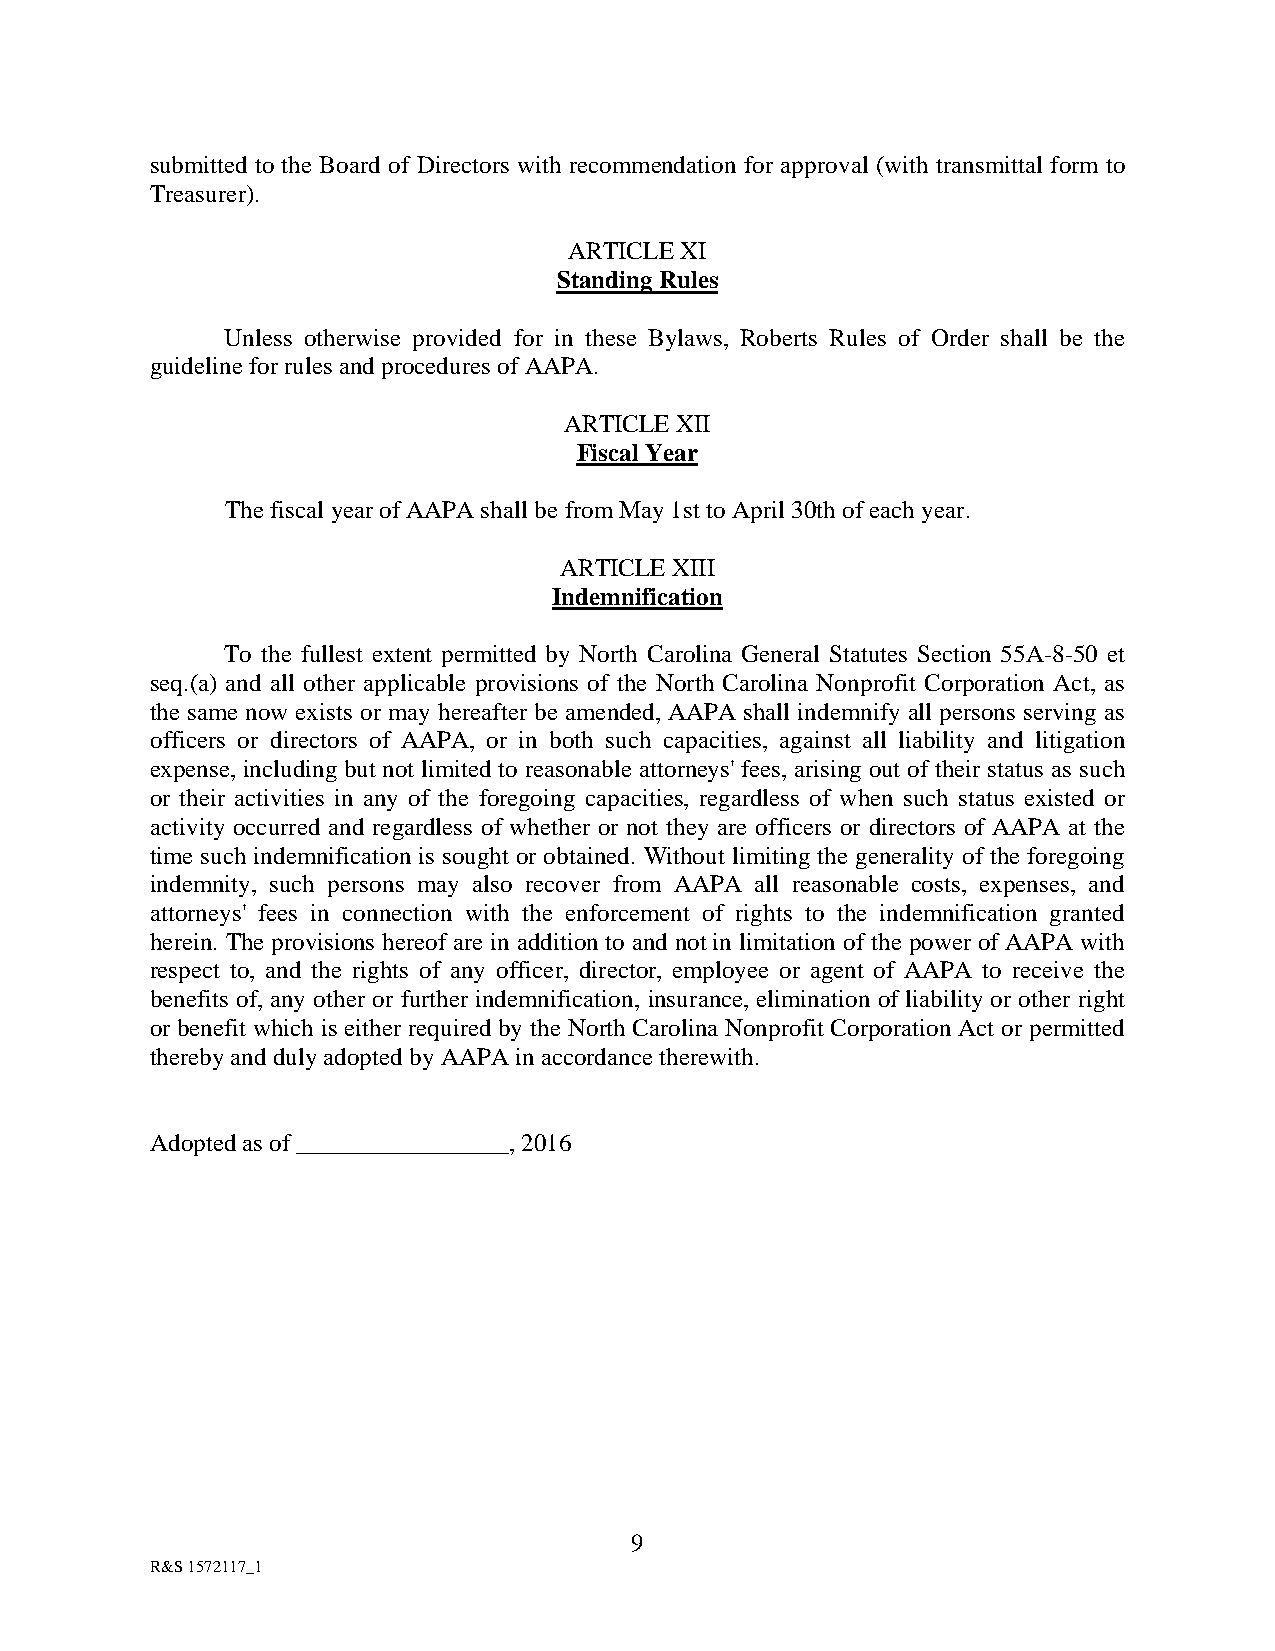
submitted to the Board of Directors with recommendation for approval (with transmittal form to
 Treasurer).
 ARTICLE XI
 Standing Rules
 Unless otherwise provided for in these Bylaws, Roberts Rules of Order shall be the
 guideline for rules and procedures of AAPA.
 ARTICLE XII
 Fiscal Year
 The fiscal year of AAPA shall be from May 1st to April 30th of each year.
 ARTICLE XIII
 Indemnification
 To the fullest extent permitted by North Carolina General Statutes Section 55A-8-50 et
 seq.(a) and all other applicable provisions of the North Carolina Nonprofit Corporation Act, as
 the same now exists or may hereafter be amended, AAPA shall indemnify all persons serving as
 officers or directors of AAPA, or in both such capacities, against all liability and litigation
 expense, including but not limited to reasonable attorneys' fees, arising out of their status as such
 or their activities in any of the foregoing capacities, regardless of when such status existed or
 activity occurred and regardless of whether or not they are officers or directors of AAPA at the
 time such indemnification is sought or obtained. Without limiting the generality of the foregoing
 indemnity, such persons may also recover from AAPA all reasonable costs, expenses, and
 attorneys' fees in connection with the enforcement of rights to the indemnification granted
 herein. The provisions hereof are in addition to and not in limitation of the power of AAPA with
 respect to, and the rights of any officer, director, employee or agent of AAPA to receive the
 benefits of, any other or further indemnification, insurance, elimination of liability or other right
 or benefit which is either required by the North Carolina Nonprofit Corporation Act or permitted
 thereby and duly adopted by AAPA in accordance therewith.
 Adopted as of _________________, 2016
 9
 R&S 1572117_1